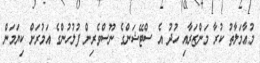
މުޢާމަލާތު ކުރާ މަންޒަރާއި ހުދު އެ ސްޓޭޝަންގެ ނޫސްވެރިން ފުލުހުންގެ އަމުރަށް ކިޔަމަން